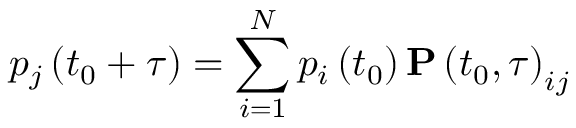
p _ { j } \left( t _ { 0 } + \tau \right) = \sum _ { i = 1 } ^ { N } p _ { i } \left( t _ { 0 } \right) \mathbf { P } \left( t _ { 0 } , \tau \right) _ { i j }